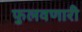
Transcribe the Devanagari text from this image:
फुलवणारी